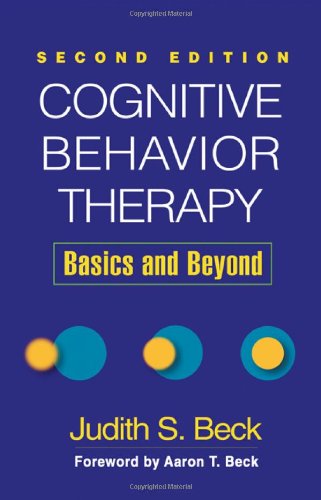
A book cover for Cognitive Behavior Therapy, Second Edition: Basics and Beyond; Judith S. Beck; Medical Books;